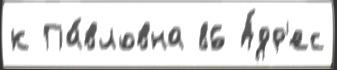
к Па́вловна 86 А́др'ес